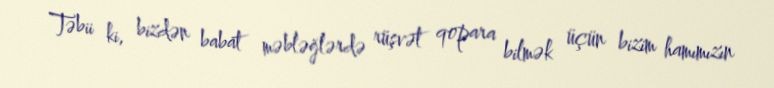
Təbii ki, bizdən babat məbləğlərdə rüşvət qopara bilmək üçün bizim hamımızın